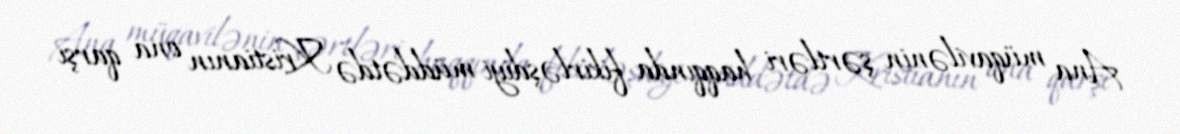
Ana müqavilənin şərtləri haqqında fikirləşdiyi müddətdə Kristianın ona qarşı